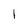
Character: l